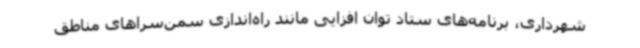
شهرداری، برنامه‌های ستاد توان افزایی مانند راه‌اندازی سمن‌سراهای مناطق